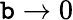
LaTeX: \mathtt{b}\to0